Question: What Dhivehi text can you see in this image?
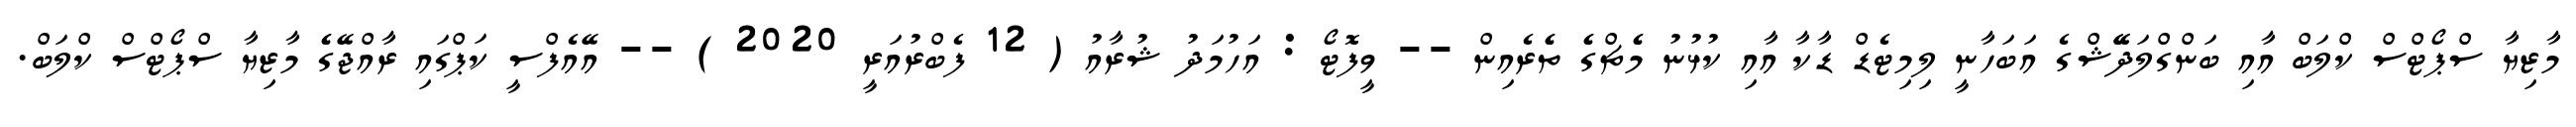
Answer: މާޒިޔާ ސްޕޯޓްސް ކްލަބް އާއި ބަންގްލަދޭޭޝްގެ އަބަހާނީ ލިމިޓެޑް ޑާކާ އާއި ކުޅުނު މެެޗްގެެ ތެެރެއިން -- ވީފޮޓޯ : އަހުމަދު ޝުރާއު ( 12 ފެބްރުއަރީ 2020 ) -- އޭއެފްސީ ކަޕްގައި ރާއްޖޭގެެ މާޒިޔާ ސްޕޯޓްސް ކްލަބް.